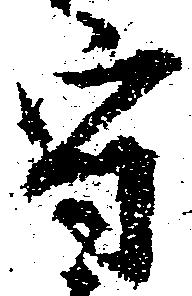
守